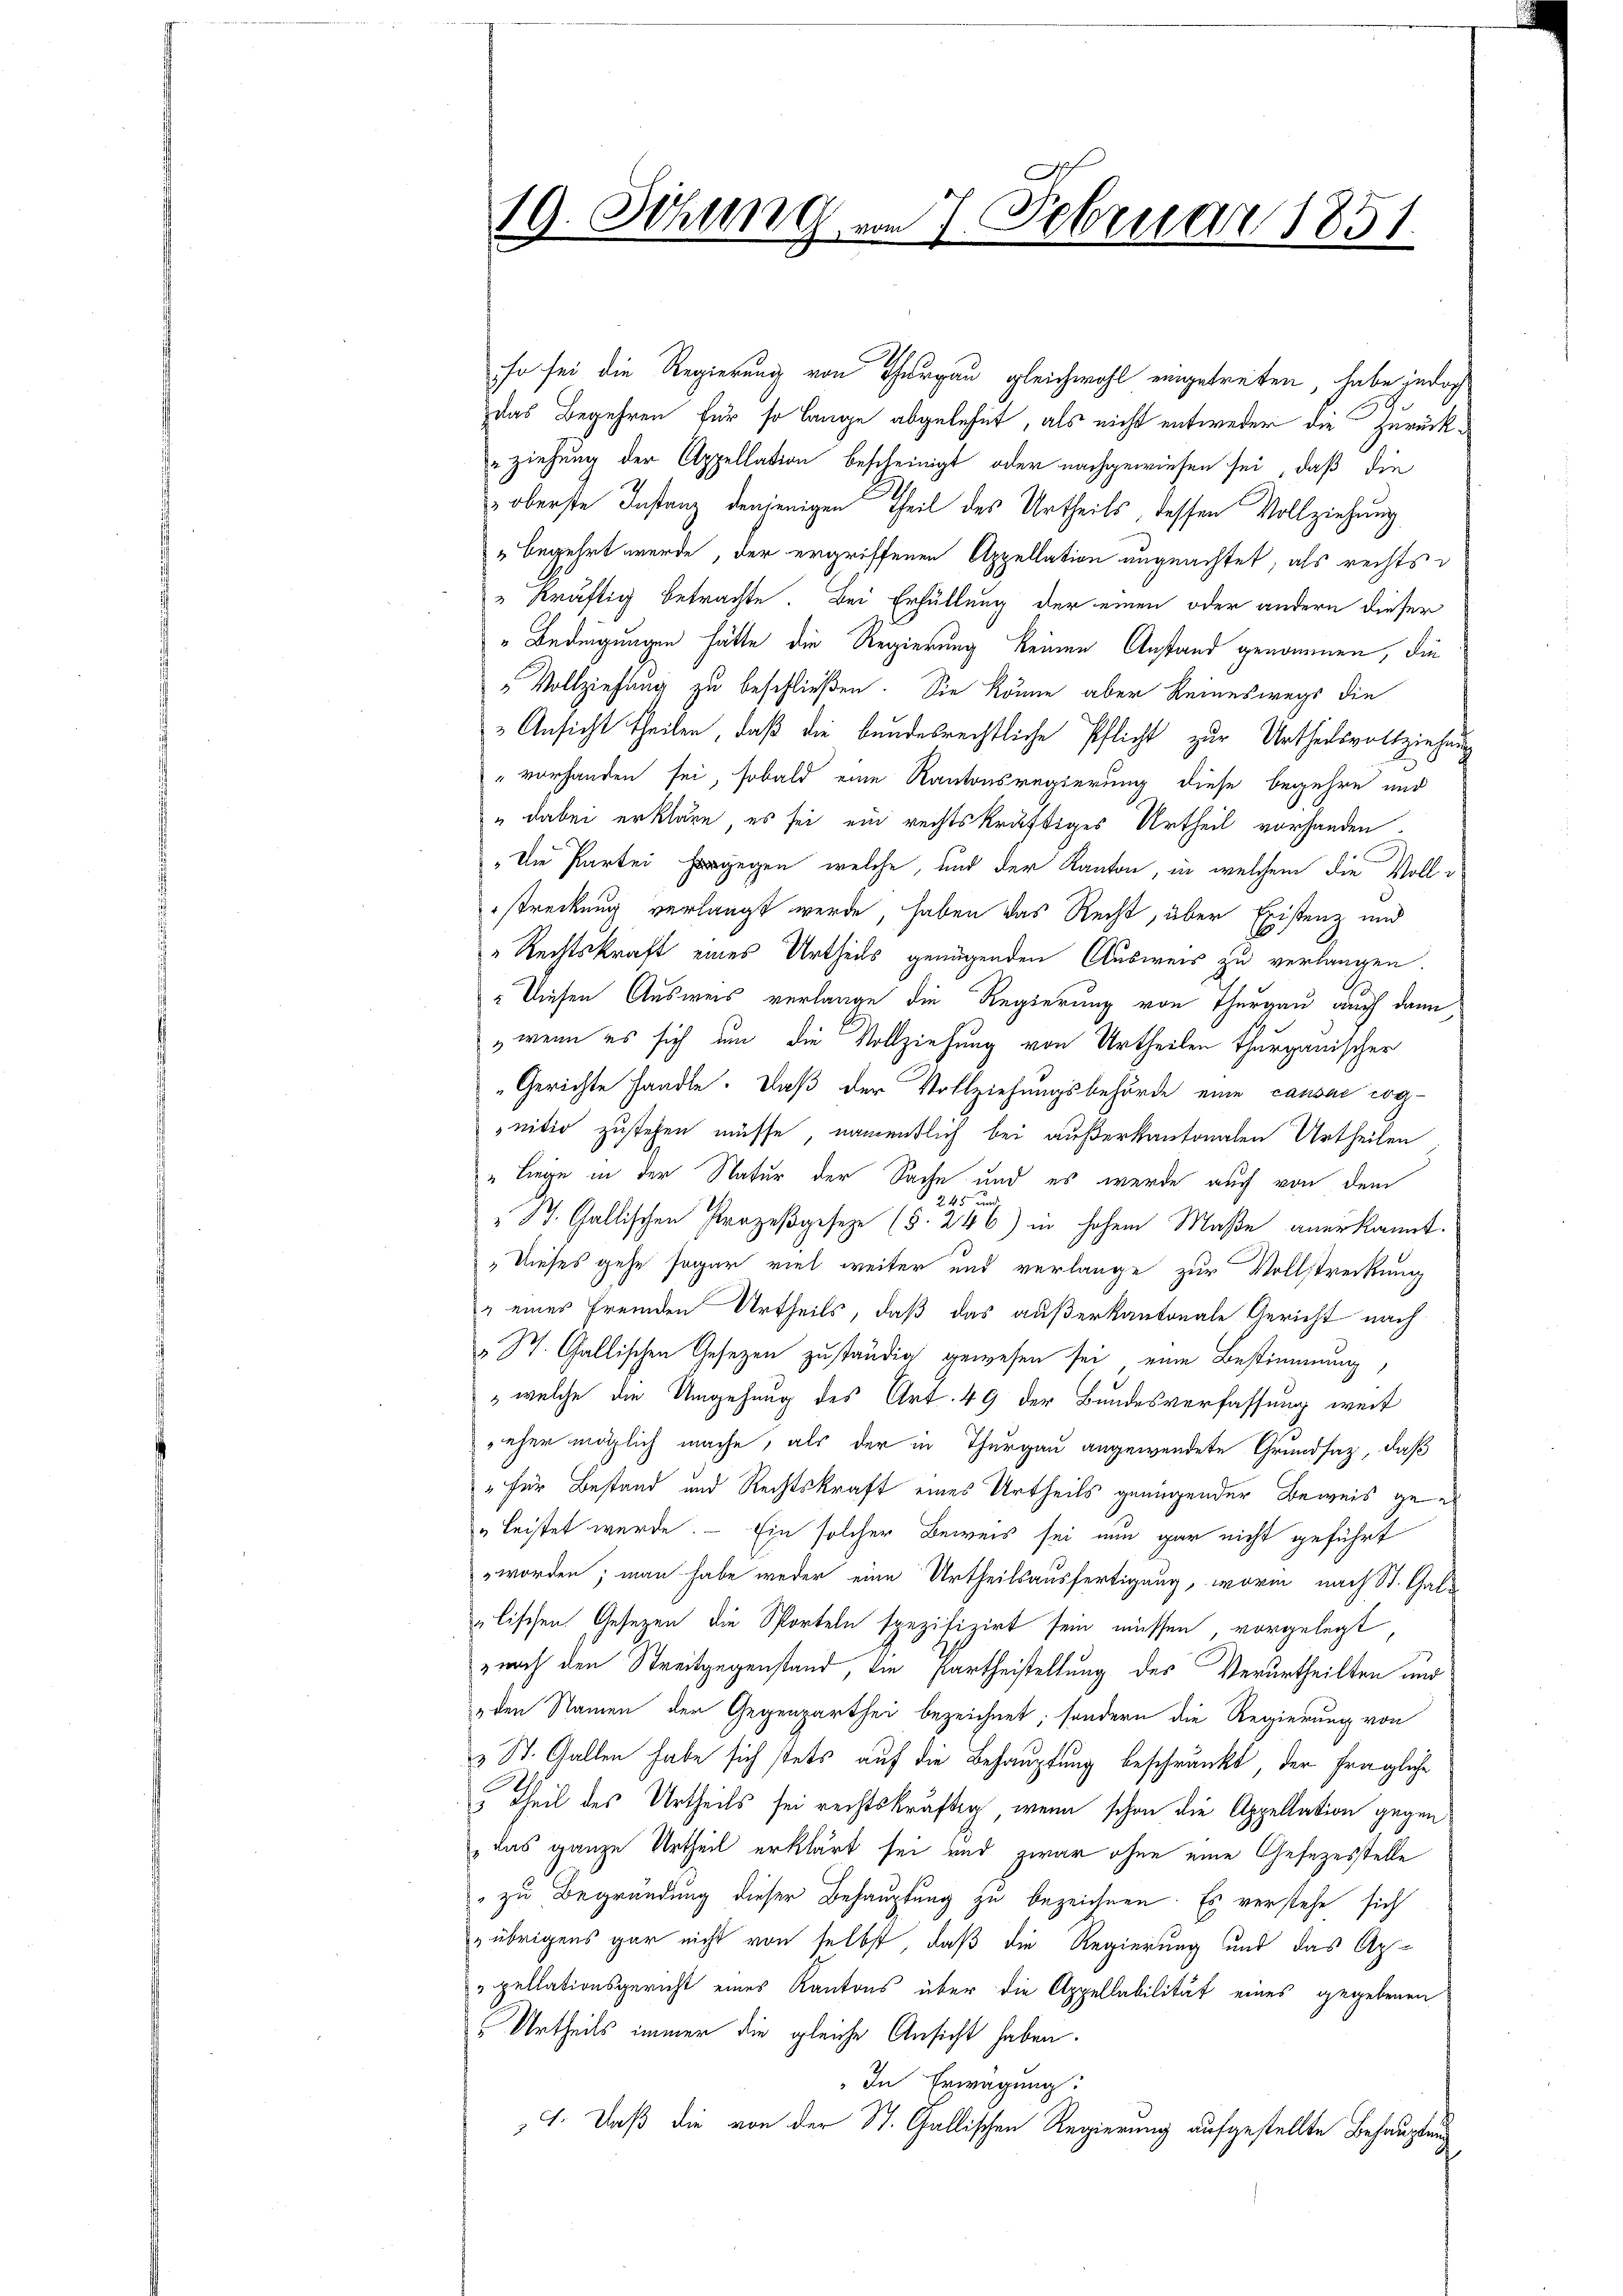
19. Sitzung am 7. Februar 1851.

fn sei die Regierung von Thurgau gleichwohl eingetreten, habe jedoch
das Begehren für so lange abgelehnt, als nicht entweder die Zurückziehung der Appellation bescheinigt oder nachgewiesen sei, daß die
oberste Instanz denjenigen Theil des Urtheils, dessen Vollziehung
" begehrt wurde, der ergriffenen Appellation ungeachtet, als rechts
" kräftig betrachte. Bei Erfüllung der einen oder andern dieser
"Bedingungen hätte die Regierung keinen Anstand genommen, die
" Vollziehung zu beschließen. Sie könne aber keineswegs die
Ansicht theilen, daß die bundesrechtliche Pflicht zur Urtheilsvollziehen
" vorhanden sei, sobald eine Kantonsregierung diese begehre und
" dabei erkläre, es sei ein rechtskräftiges Urtheil vorhanden.
„Um Partei gegen, welche, und der Kanton, in welchem die Vollstreckung verlangt werde, haben das Recht, über Existenz und
Rechtskraft eines Urtheils genügenden Ausweis zu verlangen.
" Diesen Ausweis verlange die Regierung von Thurgau auch dann
,wenn es sich um die Vollziehung von Urtheilen thurgauischer
Gerichte Handle. Daß der Vollziehungsbehörde eine causae eog-
nitiv zustehen müsse, namentlich bei außerkantonalen Urtheilen
" Liege in der Natur der Sache und es werde auch von dem
245 x
St. Gallischen Prozeßgeseze (§ 246) in hohem Maße anerkannt.
Dieses gehe sogar viel weiter und verlange zur Vollstreckung
" eines fremden Urtheils, daß das außerkantonale Gericht nach
 St. Gallischen Gesezen zuständig gewesen sei eine Bestimmung
" welche die Umgehung des Art. 49 der Bundesverfassung weit
eher möglich mache, als der in Thurgau angewendete Grundsaz, daß
" für Bestand und Rechtskraft eines Urtheils genügender Beweis ge¬
" leistet werde. — Ein solcher Beweis sei nun gar nicht geführt
worden; man habe weder eine Urtheilsausfertigung, worin nach St. Gale
alischen Gesezen die Sporteln spezifizirt sein müssen, vorgelegt
nach den Streitgegenstand die Partheistellung des Verurtheilten und
 den Namen der Gegenparthei bezeichnet; sondern die Regierung von
 St. Gallen habe sich stets auf die Behauptung beschränkt, der fragliche
 Theil des Urtheils sei rechtskräftig, wenn schon die Appellation gegen
das ganze Urtheil erklärt sei und zwar ohne eine Gesezesstelle
" zu Begründung dieser Behauptung zu bezeichnen. Es verstehe sich
übrigens gar nicht von selbst, daß die Regierung und das Appellationsgericht eines Kantons über die Appellabilität eines gegebenen
Urtheils immer die gleiche Ansicht haben.
" In Erwägung:
4. Daß die von der St. Gallischen Regierung aufgestellte Behaupten